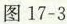
图17-3